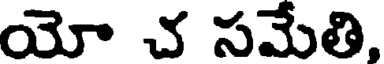
యో చ సమేతి,